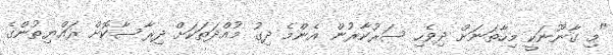
"މި ގާނޫނަކީ މިހާތަނަށް ދިވެހި ސަރުކާރުން އެންމެ ދިގު މުއްދަތަކަށް ދިރާސާކޮށް ރައްޔިތުންގެ